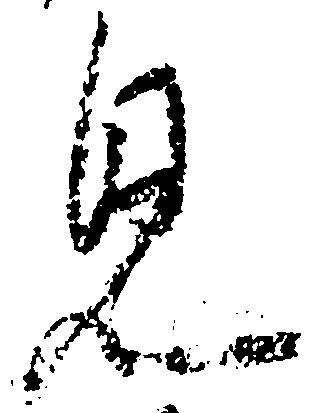
見